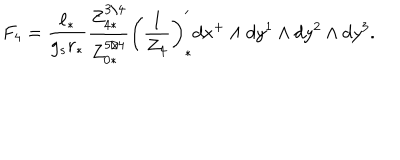
F _ { 4 } = { \frac { \ell _ { * } } { g _ { s } r _ { * } } } { \frac { Z _ { 4 * } ^ { 3 / 4 } } { Z _ { 0 * } ^ { 5 / 4 } } } \left( { \frac { 1 } { Z _ { 4 } } } \right) _ { * } ^ { \prime } d x ^ { + } \wedge d y ^ { 1 } \wedge d y ^ { 2 } \wedge d y ^ { 3 } .